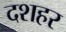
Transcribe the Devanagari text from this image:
दशहर